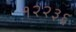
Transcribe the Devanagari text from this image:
१२२३६